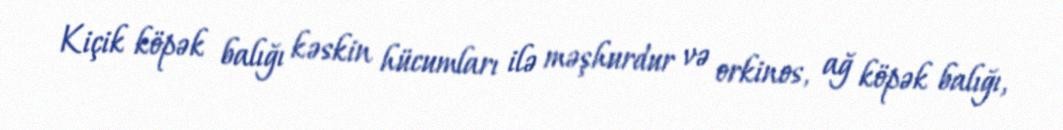
Kiçik köpək balığı kəskin hücumları ilə məşhurdur və orkinos, ağ köpək balığı,